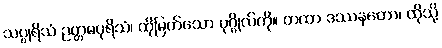
သပ္ပုရိသံ ဥတ္တမပုရိသံ၊ ထိုမြတ်သော ပုဂ္ဂိုလ်ကို။ တထာ ဒဿနတော၊ ထိုသို့